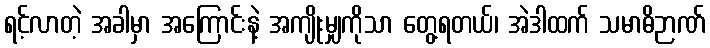
ရင့်လာတဲ့ အခါမှာ အကြောင်းနဲ့ အကျိုးမျှကိုသာ တွေ့ရတယ်၊ အဲဒါထက် သမာဓိဉာဏ်